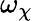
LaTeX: \omega_{\chi}